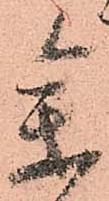
参